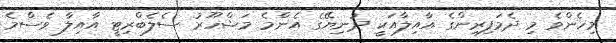
މިހެންވެ މި ދެމަފިިރިންގެ އާއިލާއަކީ ދުނިޔޭގެ އެންމެ މަޝްހޫރު ސެލެބްރިޓީ އާއިލާ ވެސްމެ